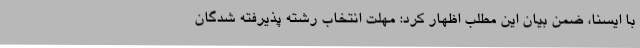
با ایسنا، ضمن بیان این مطلب اظهار کرد: مهلت انتخاب رشته پذیرفته شدگان